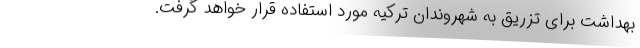
بهداشت برای تزریق به شهروندان ترکیه مورد استفاده قرار خواهد گرفت.